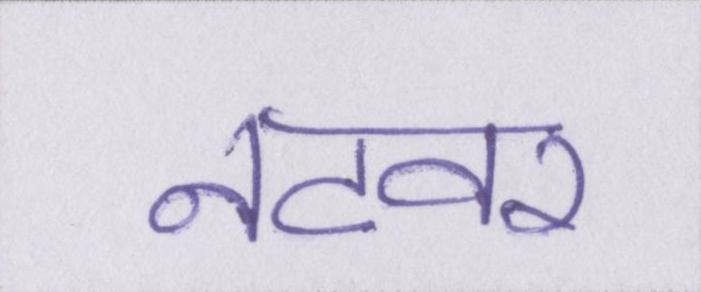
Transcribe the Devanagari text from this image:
नटवर